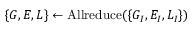
\{ G , E , L \} \leftarrow \mathrm { A l l r e d u c e } ( \{ G _ { I } , E _ { I } , L _ { I } \} )